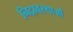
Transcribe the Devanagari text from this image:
निद्रावस्थाओं